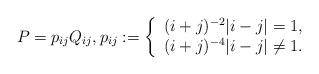
LaTeX: \begin{align*}P=p_{ij}Q_{ij},p_{ij}:=\left\{ \begin{array}{l}(i+j)^{-2}|i-j|=1, \\ (i+j)^{-4}|i-j|\neq 1.\end{array}\right. \end{align*}